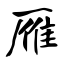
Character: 雁